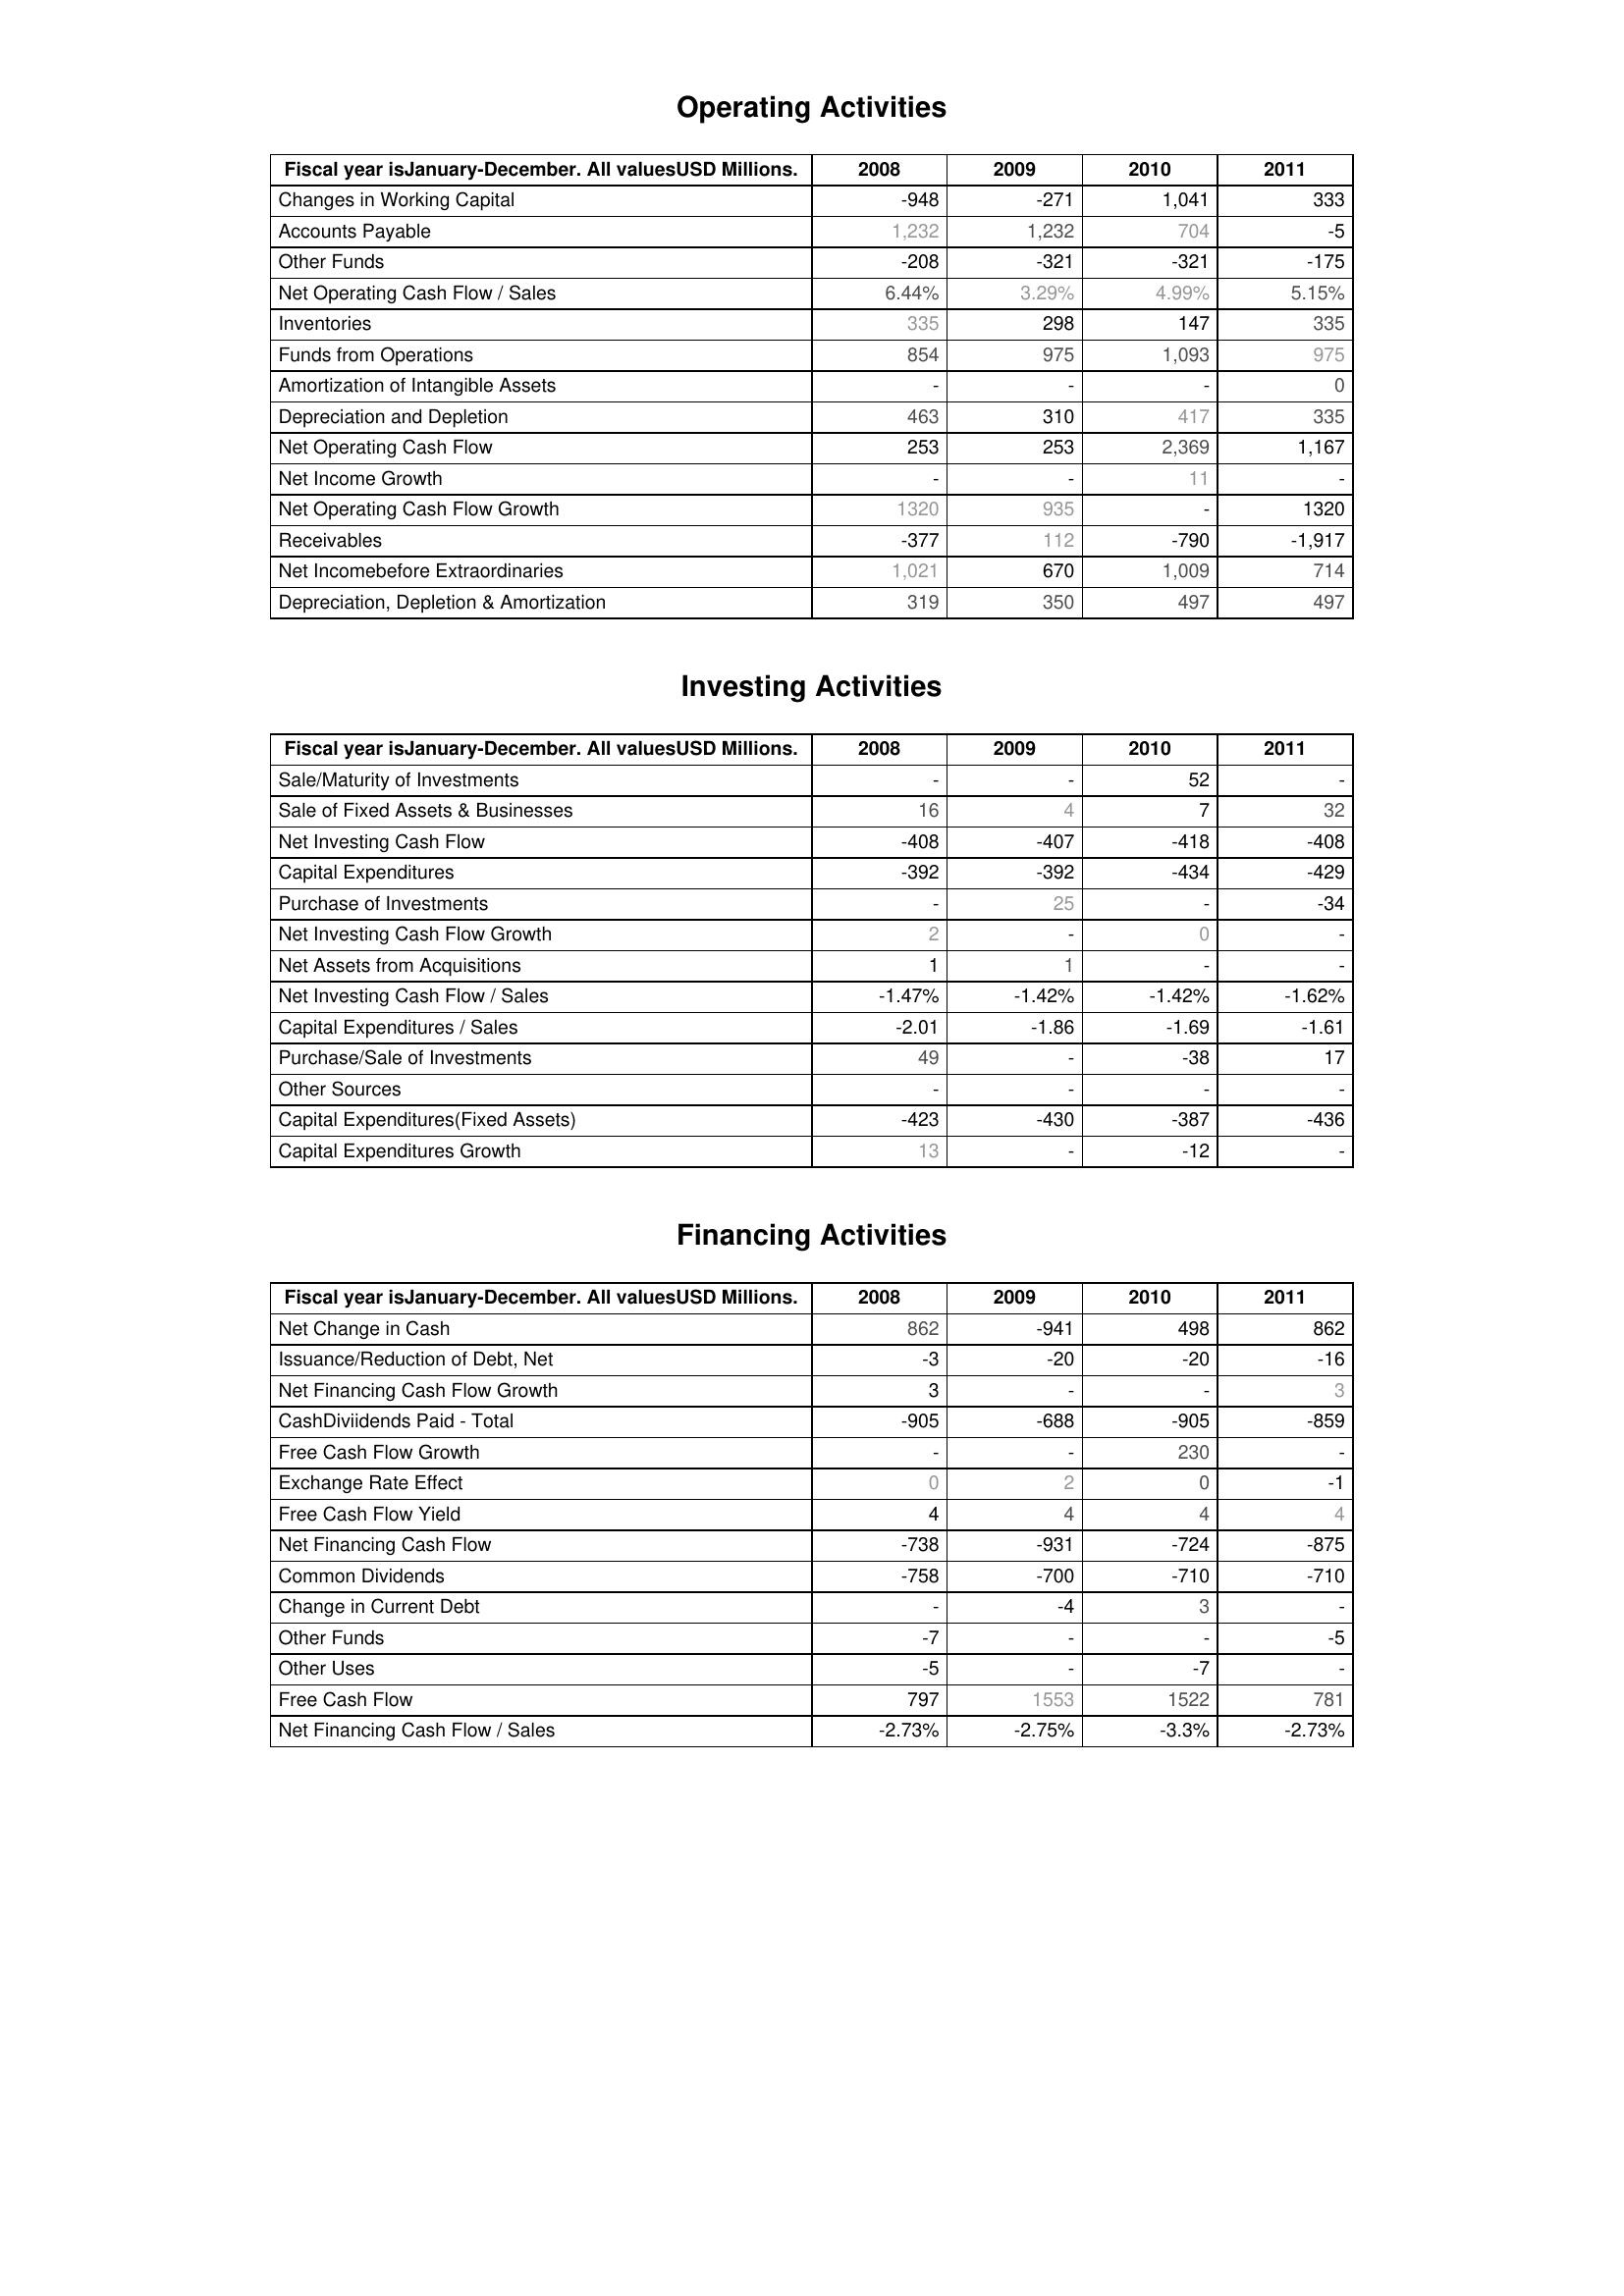
2008: Operating Activities: Changes in Working Capital: -948
Accounts Payable: 1,232
Other Funds: -208
Net Operating Cash Flow / Sales: 6.44%
Inventories: 335
Funds from Operations: 854
Amortization of Intangible Assets: -
Depreciation and Depletion: 463
Net Operating Cash Flow: 253
Net Income Growth: -
Net Operating Cash Flow Growth: 1320
Receivables: -377
Net Incomebefore Extraordinaries: 1,021
Depreciation, Depletion & Amortization: 319
Investing Activities: Sale/Maturity of Investments: -
Sale of Fixed Assets & Businesses: 16
Net Investing Cash Flow: -408
Capital Expenditures: -392
Purchase of Investments: -
Net Investing Cash Flow Growth: 2
Net Assets from Acquisitions: 1
Net Investing Cash Flow / Sales: -1.47%
Capital Expenditures / Sales: -2.01
Purchase/Sale of Investments: 49
Other Sources: -
Capital Expenditures(Fixed Assets): -423
Capital Expenditures Growth: 13
Financing Activities: Net Change in Cash: 862
Issuance/Reduction of Debt, Net: -3
Net Financing Cash Flow Growth: 3
CashDiviidends Paid - Total: -905
Free Cash Flow Growth: -
Exchange Rate Effect: 0
Free Cash Flow Yield: 4
Net Financing Cash Flow: -738
Common Dividends: -758
Change in Current Debt: -
Other Funds: -7
Other Uses: -5
Free Cash Flow: 797
Net Financing Cash Flow / Sales: -2.73%
2009: Operating Activities: Changes in Working Capital: -271
Accounts Payable: 1,232
Other Funds: -321
Net Operating Cash Flow / Sales: 3.29%
Inventories: 298
Funds from Operations: 975
Amortization of Intangible Assets: -
Depreciation and Depletion: 310
Net Operating Cash Flow: 253
Net Income Growth: -
Net Operating Cash Flow Growth: 935
Receivables: 112
Net Incomebefore Extraordinaries: 670
Depreciation, Depletion & Amortization: 350
Investing Activities: Sale/Maturity of Investments: -
Sale of Fixed Assets & Businesses: 4
Net Investing Cash Flow: -407
Capital Expenditures: -392
Purchase of Investments: 25
Net Investing Cash Flow Growth: -
Net Assets from Acquisitions: 1
Net Investing Cash Flow / Sales: -1.42%
Capital Expenditures / Sales: -1.86
Purchase/Sale of Investments: -
Other Sources: -
Capital Expenditures(Fixed Assets): -430
Capital Expenditures Growth: -
Financing Activities: Net Change in Cash: -941
Issuance/Reduction of Debt, Net: -20
Net Financing Cash Flow Growth: -
CashDiviidends Paid - Total: -688
Free Cash Flow Growth: -
Exchange Rate Effect: 2
Free Cash Flow Yield: 4
Net Financing Cash Flow: -931
Common Dividends: -700
Change in Current Debt: -4
Other Funds: -
Other Uses: -
Free Cash Flow: 1553
Net Financing Cash Flow / Sales: -2.75%
2010: Operating Activities: Changes in Working Capital: 1,041
Accounts Payable: 704
Other Funds: -321
Net Operating Cash Flow / Sales: 4.99%
Inventories: 147
Funds from Operations: 1,093
Amortization of Intangible Assets: -
Depreciation and Depletion: 417
Net Operating Cash Flow: 2,369
Net Income Growth: 11
Net Operating Cash Flow Growth: -
Receivables: -790
Net Incomebefore Extraordinaries: 1,009
Depreciation, Depletion & Amortization: 497
Investing Activities: Sale/Maturity of Investments: 52
Sale of Fixed Assets & Businesses: 7
Net Investing Cash Flow: -418
Capital Expenditures: -434
Purchase of Investments: -
Net Investing Cash Flow Growth: 0
Net Assets from Acquisitions: -
Net Investing Cash Flow / Sales: -1.42%
Capital Expenditures / Sales: -1.69
Purchase/Sale of Investments: -38
Other Sources: -
Capital Expenditures(Fixed Assets): -387
Capital Expenditures Growth: -12
Financing Activities: Net Change in Cash: 498
Issuance/Reduction of Debt, Net: -20
Net Financing Cash Flow Growth: -
CashDiviidends Paid - Total: -905
Free Cash Flow Growth: 230
Exchange Rate Effect: 0
Free Cash Flow Yield: 4
Net Financing Cash Flow: -724
Common Dividends: -710
Change in Current Debt: 3
Other Funds: -
Other Uses: -7
Free Cash Flow: 1522
Net Financing Cash Flow / Sales: -3.3%
2011: Operating Activities: Changes in Working Capital: 333
Accounts Payable: -5
Other Funds: -175
Net Operating Cash Flow / Sales: 5.15%
Inventories: 335
Funds from Operations: 975
Amortization of Intangible Assets: 0
Depreciation and Depletion: 335
Net Operating Cash Flow: 1,167
Net Income Growth: -
Net Operating Cash Flow Growth: 1320
Receivables: -1,917
Net Incomebefore Extraordinaries: 714
Depreciation, Depletion & Amortization: 497
Investing Activities: Sale/Maturity of Investments: -
Sale of Fixed Assets & Businesses: 32
Net Investing Cash Flow: -408
Capital Expenditures: -429
Purchase of Investments: -34
Net Investing Cash Flow Growth: -
Net Assets from Acquisitions: -
Net Investing Cash Flow / Sales: -1.62%
Capital Expenditures / Sales: -1.61
Purchase/Sale of Investments: 17
Other Sources: -
Capital Expenditures(Fixed Assets): -436
Capital Expenditures Growth: -
Financing Activities: Net Change in Cash: 862
Issuance/Reduction of Debt, Net: -16
Net Financing Cash Flow Growth: 3
CashDiviidends Paid - Total: -859
Free Cash Flow Growth: -
Exchange Rate Effect: -1
Free Cash Flow Yield: 4
Net Financing Cash Flow: -875
Common Dividends: -710
Change in Current Debt: -
Other Funds: -5
Other Uses: -
Free Cash Flow: 781
Net Financing Cash Flow / Sales: -2.73%